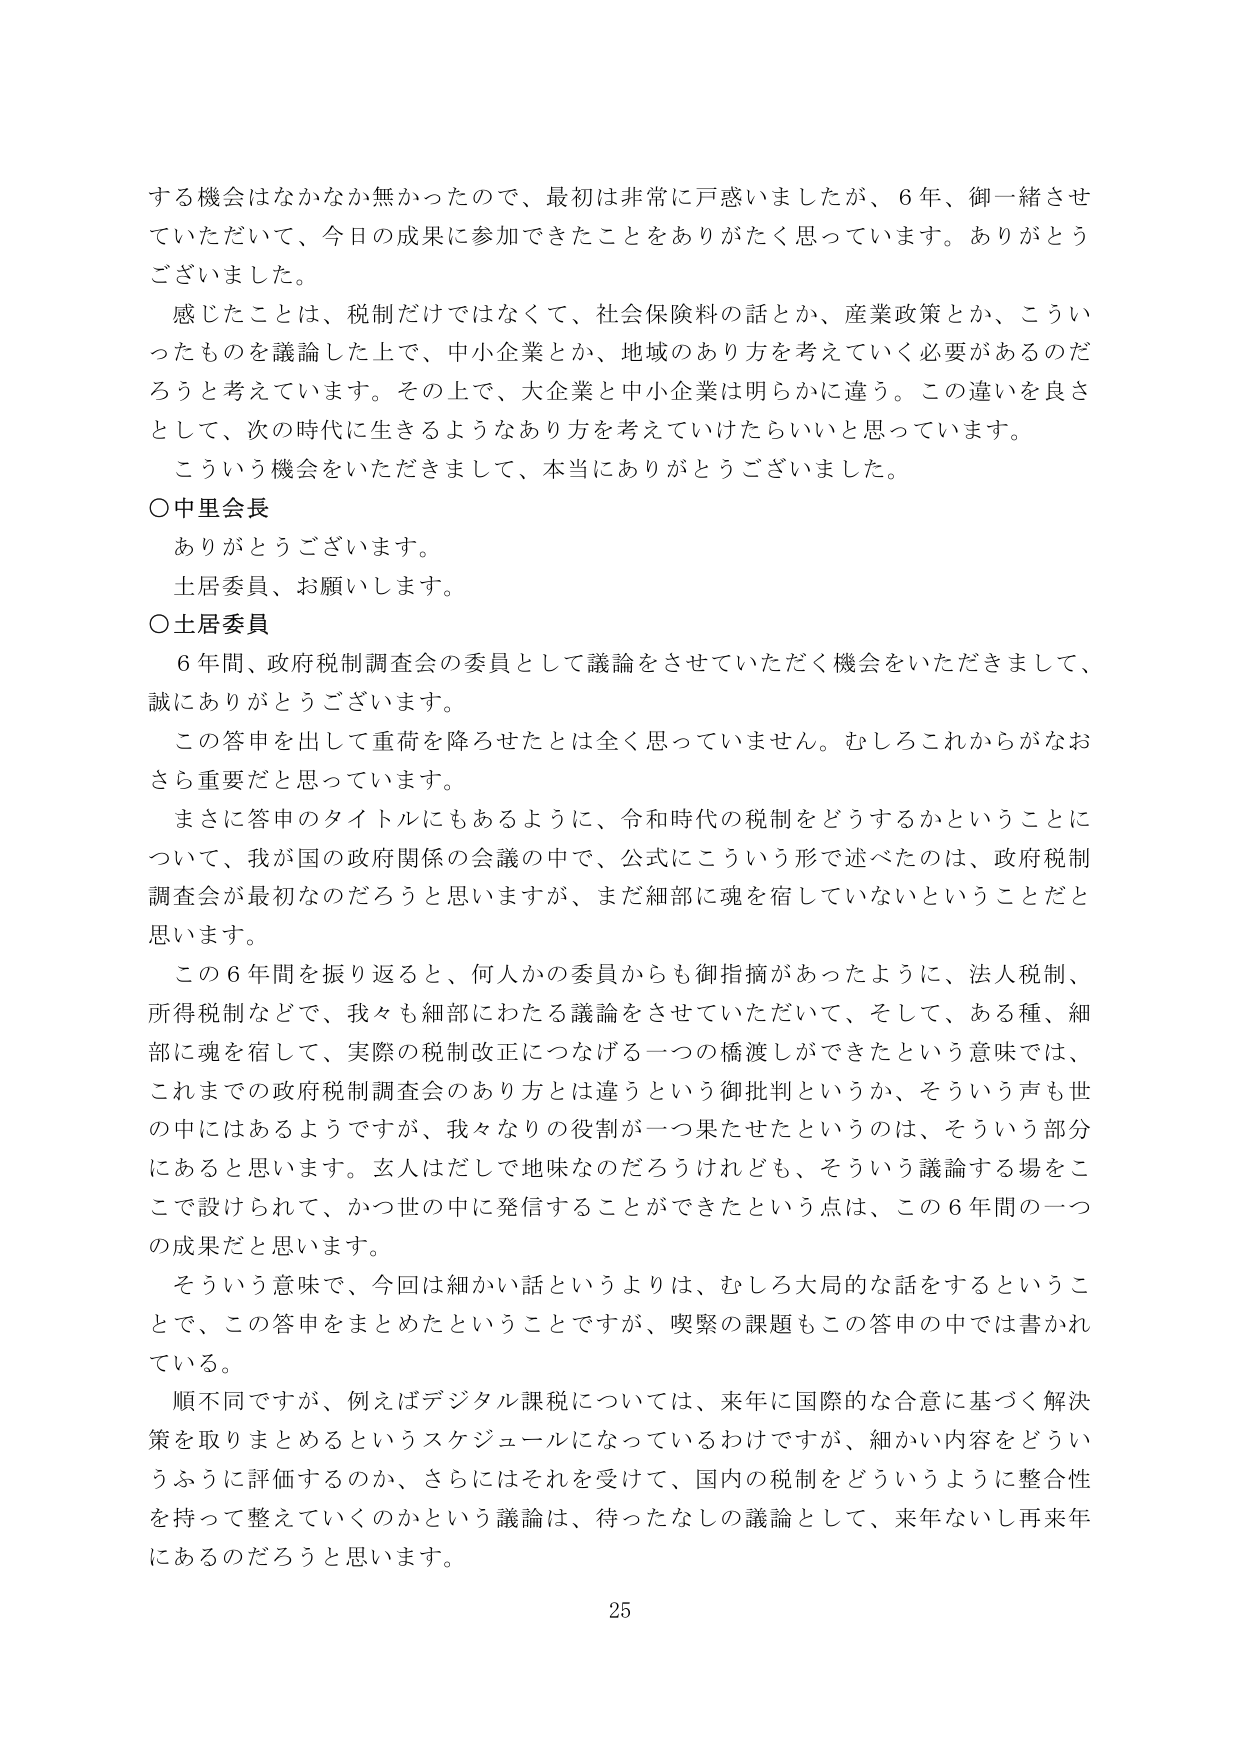
する機会はなかなか無かったので、最初は非常に戸惑いましたが、6年、御一緒させていただいて、今日の成果に参加できたことをありがたく思っています。ありがとうございました。

感じたことは、税制だけではなくて、社会保険料の話とか、産業政策とか、こういったものを議論した上で、中小企業とか、地域のあり方を考えていく必要があるのだろうと考えています。その上で、大企業と中小企業は明らかに違う。この違いを良さとして、次の時代に生きるようなあり方を考えていけたらいいと思っています。

こういう機会をいただきまして、本当にありがとうございました。

○中里会長
ありがとうございます。
土居委員、お願いします。

○土居委員
6年間、政府税制調査会の委員として議論をさせていただく機会をいただきまして、誠にありがとうございます。
この答申を出して重荷を降ろせたとは全く思っていません。むしろこれからがなおさら重要だと思っています。
まさに答申のタイトルにもあるように、令和時代の税制をどうするかということについて、我が国の政府関係の会議の中で、公式にこういう形で述べたのは、政府税制調査会が最初なのだろうと思いますが、まだ細部に魂を宿していないということだと思います。
この6年間を振り返ると、何人かの委員からも御指摘があったように、法人税制、所得税制などで、我々も細部にわたる議論をさせていただいて、そして、ある種、細部に魂を宿して、実際の税制改正につなげる一つの橋渡しができたという意味では、これまでの政府税制調査会のあり方とは違うという御批判というか、そういう声も世の中にはあるようですが、我々なりの役割が一つ果たせたというのは、そういう部分にあると思います。玄人はだして地味なのだろうけれども、そういう議論する場をここで設けられて、かつ世の中に発信することができたという点は、この6年間の一つの成果だと思います。
そういう意味で、今回は細かい話というよりは、むしろ大局的な話をするということで、この答申をまとめたということですが、喫緊の課題もこの答申の中では書かれている。
順不同ですが、例えばデジタル課税については、来年に国際的な合意に基づく解決策を取りまとめるというスケジュールになっているわけですが、細かい内容をどういうふうに評価するのか、さらにはそれを受けて、国内の税制をどういうように整合性を持って整えていくのかという議論は、待ったなしの議論として、来年ないし再来年にあるのだろうと思います。

25